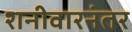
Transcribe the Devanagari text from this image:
शनीवारनंतर